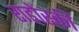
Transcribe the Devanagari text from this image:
राडोस्की